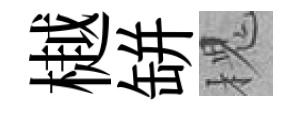
樾缾槐